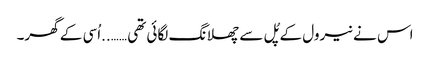
اس نے نیرول کے پُل سے چھلانگ لگائی تھی ……..اُسی کے گھر۔